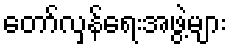
တော်လှန်ရေးအဖွဲ့များ